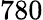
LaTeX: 780